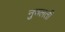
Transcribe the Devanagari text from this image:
नुचलती